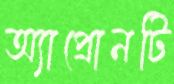
অ্যাপ্রোনটি